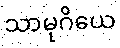
သာမုဂိယေ